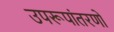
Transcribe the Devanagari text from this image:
उपरूपांतरणों